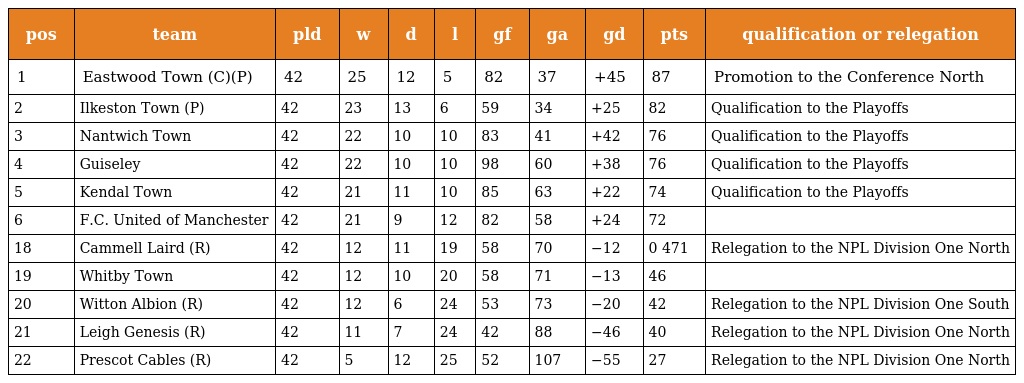
| pos | team | pld | w | d | l | gf | ga | gd | pts | qualification or relegation |
 | --- | --- | --- | --- | --- | --- | --- | --- | --- | --- | --- |
 | 1 | Eastwood Town (C)(P) | 42 | 25 | 12 | 5 | 82 | 37 | +45 | 87 | Promotion to the Conference North |
 | 2 | Ilkeston Town (P) | 42 | 23 | 13 | 6 | 59 | 34 | +25 | 82 | Qualification to the Playoffs |
 | 3 | Nantwich Town | 42 | 22 | 10 | 10 | 83 | 41 | +42 | 76 | Qualification to the Playoffs |
 | 4 | Guiseley | 42 | 22 | 10 | 10 | 98 | 60 | +38 | 76 | Qualification to the Playoffs |
 | 5 | Kendal Town | 42 | 21 | 11 | 10 | 85 | 63 | +22 | 74 | Qualification to the Playoffs |
 | 6 | F.C. United of Manchester | 42 | 21 | 9 | 12 | 82 | 58 | +24 | 72 |  |
 | 18 | Cammell Laird (R) | 42 | 12 | 11 | 19 | 58 | 70 | −12 | 0 471 | Relegation to the NPL Division One North |
 | 19 | Whitby Town | 42 | 12 | 10 | 20 | 58 | 71 | −13 | 46 |  |
 | 20 | Witton Albion (R) | 42 | 12 | 6 | 24 | 53 | 73 | −20 | 42 | Relegation to the NPL Division One South |
 | 21 | Leigh Genesis (R) | 42 | 11 | 7 | 24 | 42 | 88 | −46 | 40 | Relegation to the NPL Division One North |
 | 22 | Prescot Cables (R) | 42 | 5 | 12 | 25 | 52 | 107 | −55 | 27 | Relegation to the NPL Division One North |